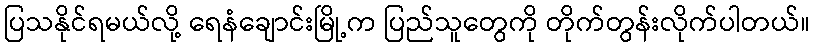
ပြသနိုင်ရမယ်လို့ ရေနံချောင်းမြို့က ပြည်သူတွေကို တိုက်တွန်းလိုက်ပါတယ်။